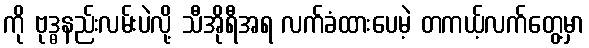
ကို ဗုဒ္ဓနည်းလမ်းပဲလို့ သီအိုရီအရ လက်ခံထားပေမဲ့ တကယ့်လက်တွေ့မှာ